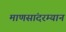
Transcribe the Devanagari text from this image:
माणसांदरम्यान